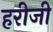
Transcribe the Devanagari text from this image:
हरीजी